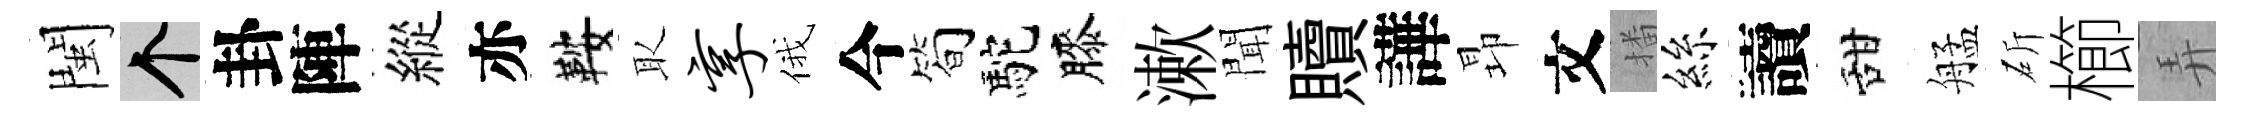
閩个卦陣縱亦鞍取享俄今简駝膝漱聞贖譁昻文播絲讀甜艋斫櫛弄